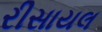
રીસાયલ